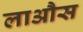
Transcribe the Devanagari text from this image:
लाऔस